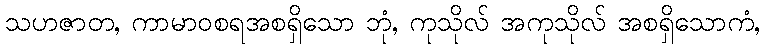
သဟဇာတ, ကာမာဝစရအစရှိသော ဘုံ, ကုသိုလ် အကုသိုလ် အစရှိသောကံ,